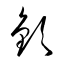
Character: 欽